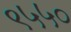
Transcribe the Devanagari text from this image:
९५५०